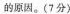
的原因。(7分)